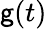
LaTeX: \mathsf{g}(t)